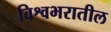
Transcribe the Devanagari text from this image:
विश्वभरातील